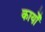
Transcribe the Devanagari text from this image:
कार्योँ